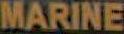
MARINE